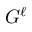
G ^ { \ell }